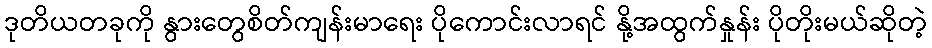
ဒုတိယတခုကို နွားတွေစိတ်ကျန်းမာရေး ပိုကောင်းလာရင် နို့အထွက်နှုန်း ပိုတိုးမယ်ဆိုတဲ့